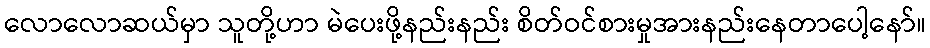
လောလောဆယ်မှာ သူတို့ဟာ မဲပေးဖို့နည်းနည်း စိတ်ဝင်စားမှုအားနည်းနေတာပေါ့နော်။